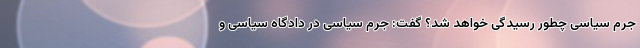
جرم سیاسی چطور رسیدگی خواهد شد؟ گفت: جرم سیاسی در دادگاه سیاسی و